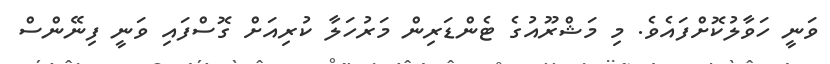
ވަނީ ހަވާލުކޮށްފައެވެ. މި މަޝްރޫއުގެ ޓެންޑަރިން މަރުހަލާ ކުރިއަށް ގޮސްފައި ވަނީ ފިނޭންސް